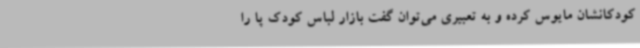
کودکانشان مایوس کرده و به تعبیری می‌توان گفت بازار لباس کودک پا را